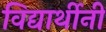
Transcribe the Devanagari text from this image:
विद्यार्थीनी